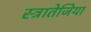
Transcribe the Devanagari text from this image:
स्त्रातेजिया